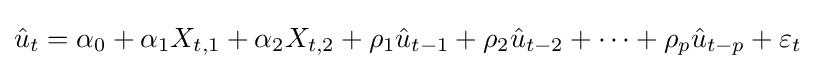
{\hat {u}}_{t}=\alpha _{0}+\alpha _{1}X_{t,1}+\alpha _{2}X_{t,2}+\rho _{1}{\hat {u}}_{t-1}+\rho _{2}{\hat {u}}_{t-2}+\cdots +\rho _{p}{\hat {u}}_{t-p}+\varepsilon _{t}